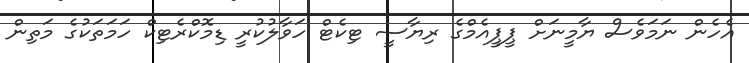
އެހެން ނަމަވެސް ޔާމީނަށް ޕީޕީއެމްގެ ރިޔާސީ ޓިކެޓް ހަވާލުކުރީ ޑިމޮކްރެޓިކް ހަމަތަކުގެ މަތިން